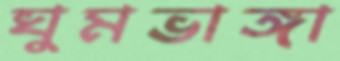
ঘুমভাঙ্গা